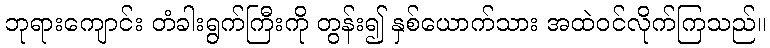
ဘုရားကျောင်း တံခါးရွက်ကြီးကို တွန်း၍ နှစ်ယောက်သား အထဲဝင်လိုက်ကြသည်။